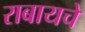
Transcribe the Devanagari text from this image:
राबायचे